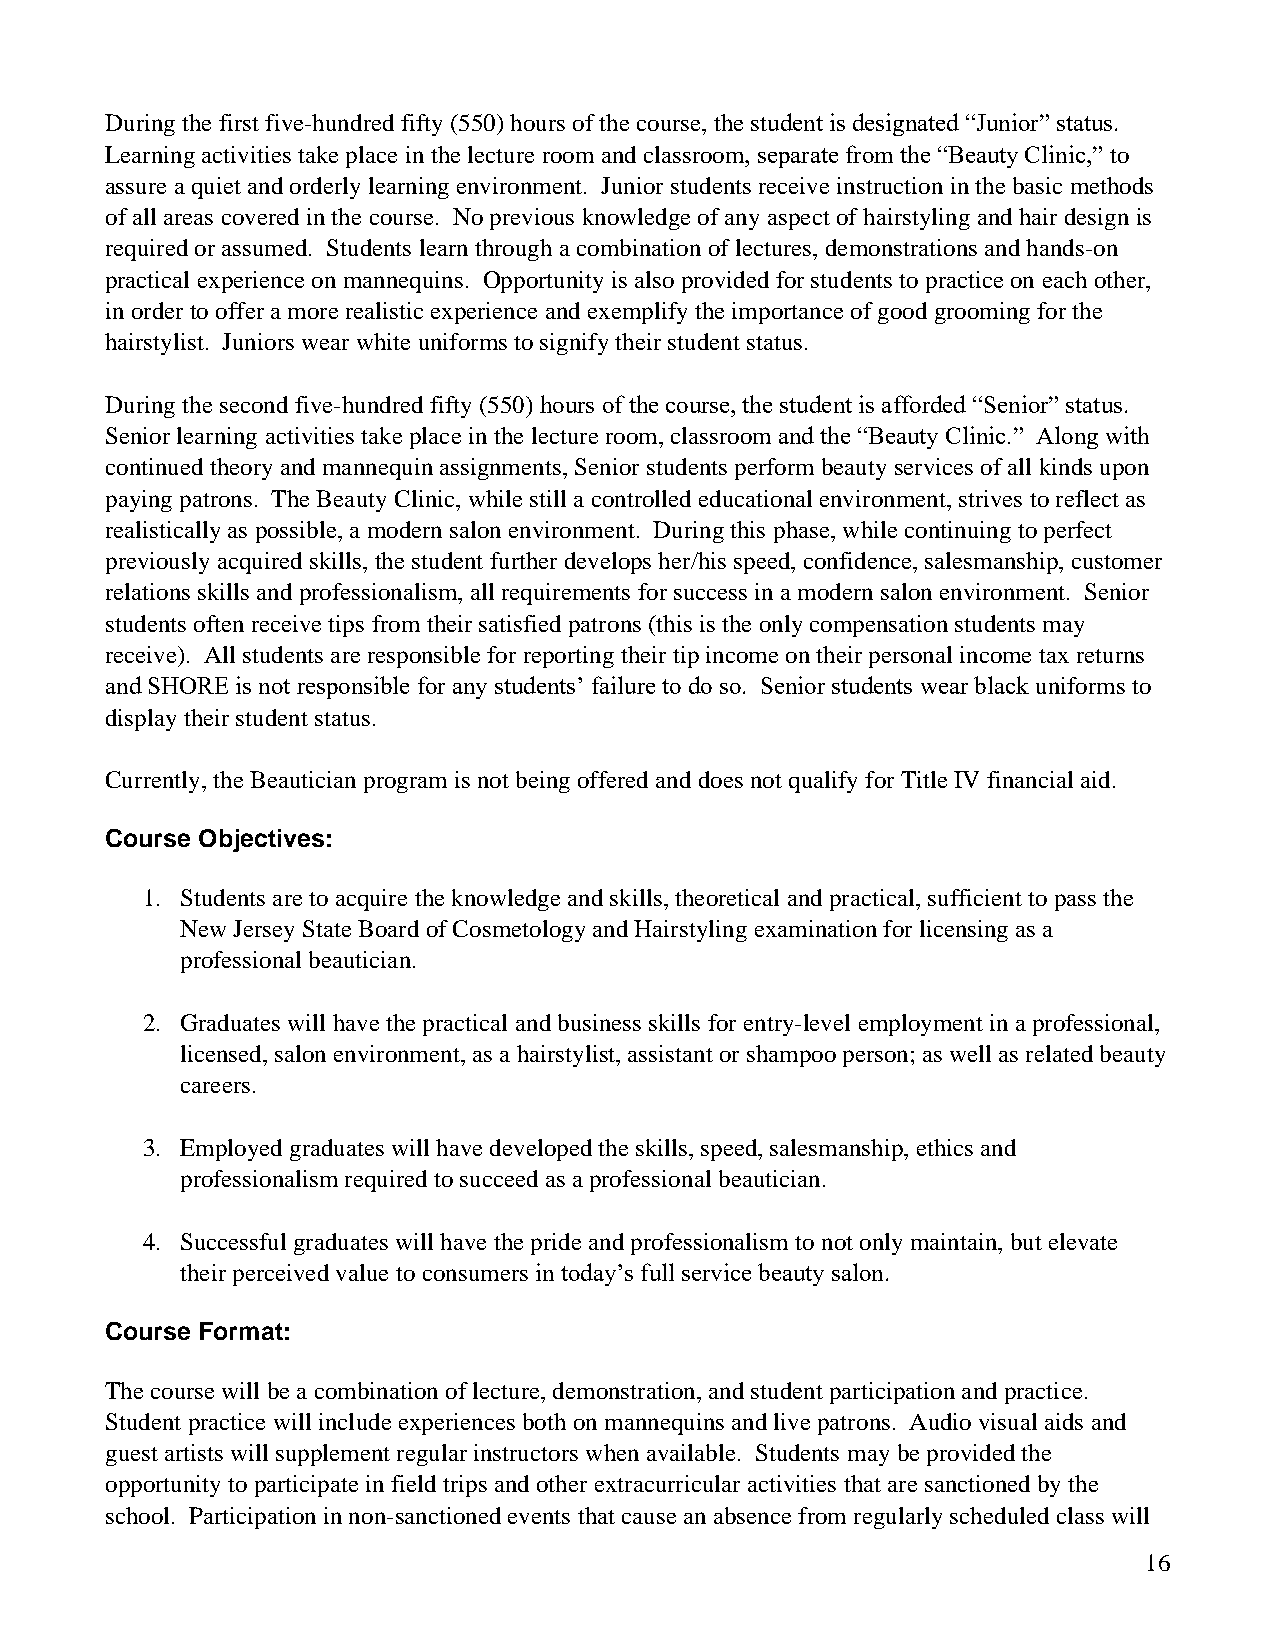
During the first five-hundred fifty (550) hours of the course, the student is designated “Junior” status.
 Learning activities take place in the lecture room and classroom, separate from the “Beauty Clinic,” to
 assure a quiet and orderly learning environment. Junior students receive instruction in the basic methods
 of all areas covered in the course. No previous knowledge of any aspect of hairstyling and hair design is
 required or assumed. Students learn through a combination of lectures, demonstrations and hands-on
 practical experience on mannequins. Opportunity is also provided for students to practice on each other,
 in order to offer a more realistic experience and exemplify the importance of good grooming for the
 hairstylist. Juniors wear white uniforms to signify their student status.
 During the second five-hundred fifty (550) hours of the course, the student is afforded “Senior” status.
 Senior learning activities take place in the lecture room, classroom and the “Beauty Clinic.” Along with
 continued theory and mannequin assignments, Senior students perform beauty services of all kinds upon
 paying patrons. The Beauty Clinic, while still a controlled educational environment, strives to reflect as
 realistically as possible, a modern salon environment. During this phase, while continuing to perfect
 previously acquired skills, the student further develops her/his speed, confidence, salesmanship, customer
 relations skills and professionalism, all requirements for success in a modern salon environment. Senior
 students often receive tips from their satisfied patrons (this is the only compensation students may
 receive). All students are responsible for reporting their tip income on their personal income tax returns
 and SHORE is not responsible for any students’ failure to do so. Senior students wear black uniforms to
 display their student status.
 Currently, the Beautician program is not being offered and does not qualify for Title IV financial aid.
 Course Objectives:
 1. Students are to acquire the knowledge and skills, theoretical and practical, sufficient to pass the
 New Jersey State Board of Cosmetology and Hairstyling examination for licensing as a
 professional beautician.
 2. Graduates will have the practical and business skills for entry-level employment in a professional,
 licensed, salon environment, as a hairstylist, assistant or shampoo person; as well as related beauty
 careers.
 3. Employed graduates will have developed the skills, speed, salesmanship, ethics and
 professionalism required to succeed as a professional beautician.
 4. Successful graduates will have the pride and professionalism to not only maintain, but elevate
 their perceived value to consumers in today’s full service beauty salon.
 Course Format:
 The course will be a combination of lecture, demonstration, and student participation and practice.
 Student practice will include experiences both on mannequins and live patrons. Audio visual aids and
 guest artists will supplement regular instructors when available. Students may be provided the
 opportunity to participate in field trips and other extracurricular activities that are sanctioned by the
 school. Participation in non-sanctioned events that cause an absence from regularly scheduled class will
 16